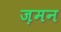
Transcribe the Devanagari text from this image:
ज़मन